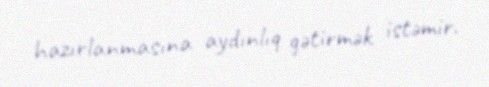
hazırlanmasına aydınlıq gətirmək istəmir.